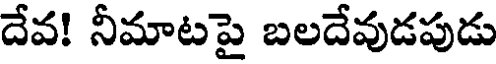
దేవ! నీమాటపై బలదేవుడపుడు